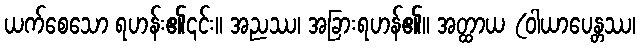
ယက်စေသော ရဟန်း၏၎င်း။ အညဿ၊ အခြားရဟန်၏။ အတ္ထာယ (ဝါယာပေန္တဿ၊